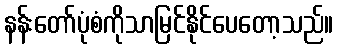
နန်းတော်ပုံစံကိုသာမြင်နိုင်ပေတော့သည်။